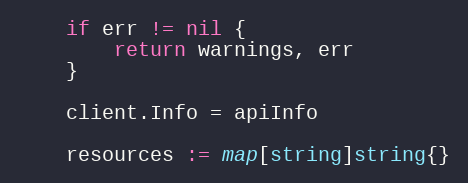
Language: Go
	if err != nil {
		return warnings, err
	}

	client.Info = apiInfo

	resources := map[string]string{}